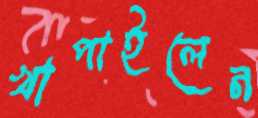
খাপাইলেন